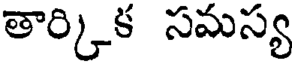
తార్కిక సమస్య